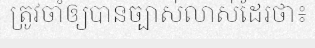
ត្រូវចាំឲ្យបានច្បាស់លាស់ដែរថា៖